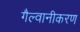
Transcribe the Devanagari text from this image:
गैल्वानीकरण